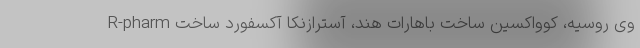
وی روسیه، کوواکسین ساخت باهارات هند، آسترازنکا آکسفورد ساخت R-pharm